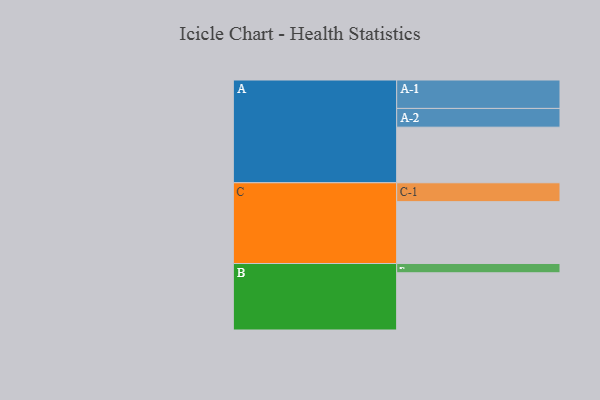
{"axis": {"x": "Segment", "y": "Value"}, "legend": ["", "A", "B", "C"], "data": [{"x": "A", "y": 409, "type": ""}, {"x": "B", "y": 421, "type": ""}, {"x": "C", "y": 455, "type": ""}, {"x": "A-1", "y": 209, "type": "A"}, {"x": "A-2", "y": 138, "type": "A"}, {"x": "B-1", "y": 68, "type": "B"}, {"x": "C-1", "y": 139, "type": "C"}]}